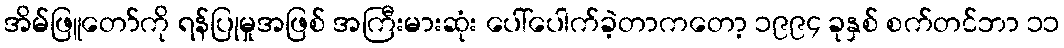
အိမ်ဖြူတော်ကို ရန်ပြုမှုအဖြစ် အကြီးမားဆုံး ပေါ်ပေါက်ခဲ့တာကတော့ ၁၉၉၄ ခုနှစ် စက်တင်ဘာ ၁၁